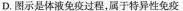
D.图示是体液免疫过程，属于特异性免疫